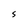
Character: S